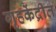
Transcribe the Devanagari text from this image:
गृहकेंद्रीत